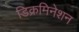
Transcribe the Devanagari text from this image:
डिक्रमिनेशन